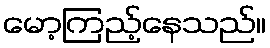
မော့ကြည့်နေသည်။